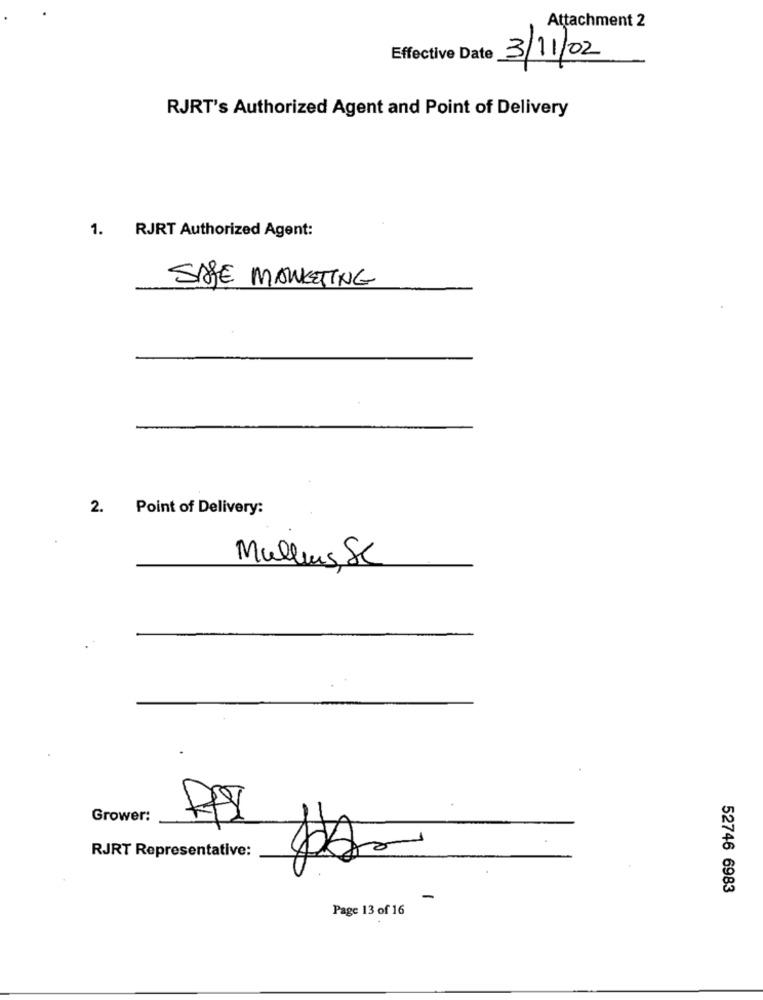
Attachment 2
Effective Date
3/11/02
RJRT's Authorized Agent and Point of Delivery
1.
RJRT Authorized Agent:
SAFE MARKETING
2. Point of Delivery:
Mulleus Se
Grower:
RJRT Representative:
52746 6983
Page 13 of 16